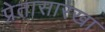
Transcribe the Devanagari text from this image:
प्रेतासारखा